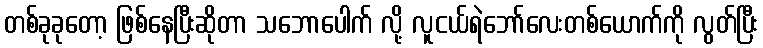
တစ်ခုခုတော့ ဖြစ်နေပြီးဆိုတာ သဘောပေါက် လို့ လူငယ်ရဲဘော်လေးတစ်ယောက်ကို လွတ်ပြီး